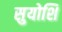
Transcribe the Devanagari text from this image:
सुयोशि